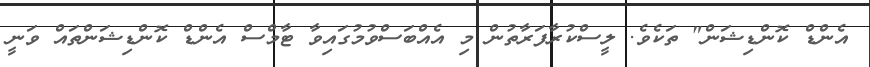
އެންޑް ކޮންޑިޝަން" ތަކެވެ. ލީސްކުރާފަރާތުން މި އެއްބަސްވުމުގައިވާ ޓާމްސް އެންޑް ކޮންޑިޝަންތައް ވަނީ